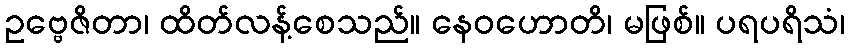
ဥဗ္ဗေဇိတာ၊ ထိတ်လန့်စေသည်။ နေဝဟောတိ၊ မဖြစ်။ ပရပရိသံ၊